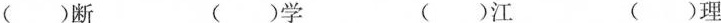
( )断 ( )学 ( )江 ( )理